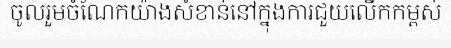
ចូលរួមចំណែកយ៉ាងសំខាន់នៅក្នុងការជួយលើកកម្ពស់